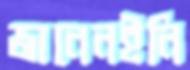
জানেনইনি